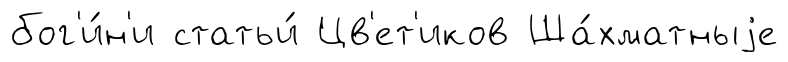
бог'и́н'и статьи́ Цв'ет'иков Ша́хматныjе